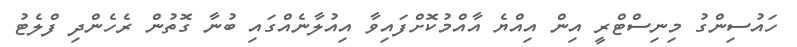
ހައުސިންގު މިނިސްޓްރީ އިން އިއްޔެ އާއްމުކޮށްފައިވާ އިއުލާނެއްގައި ބުނާ ގޮތުން ރެހެންދި ފްލެޓު